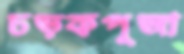
চড়কপূজা